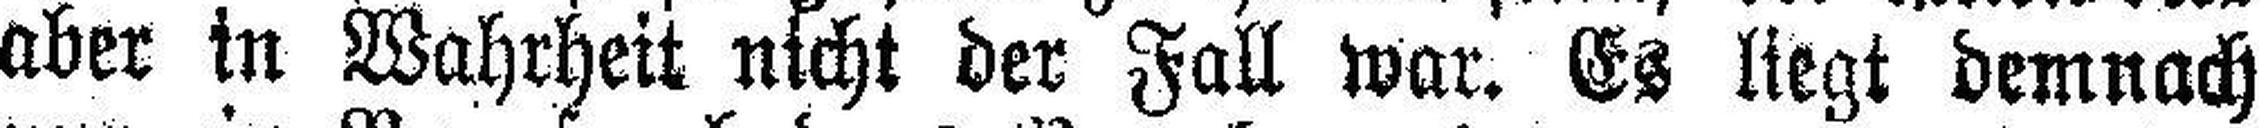
aber in Wahrheit nicht der Fall war. Es liegt demnach